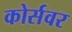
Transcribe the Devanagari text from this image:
कोर्सवर